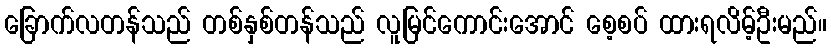
ခြောက်လတန်သည် တစ်နှစ်တန်သည် လူမြင်ကောင်းအောင် စေ့စပ် ထားရလိမ့်ဦးမည်။